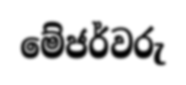
මේජර්වරු